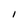
Character: I